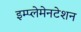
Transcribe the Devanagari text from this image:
इम्प्लेमेनटेशन